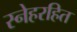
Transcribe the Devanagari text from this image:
स्नेहरहित